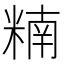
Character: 䊖